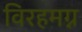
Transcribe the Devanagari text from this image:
विरहमग्न